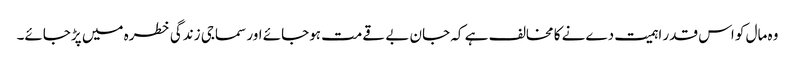
وہ مال کو اس قدر اہمیت دےنے کا مخالف ہے کہ جان بے قےمت ہوجائے اور سماجی زندگی خطرہ میں پڑجائے۔